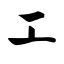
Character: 工